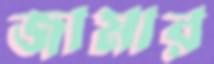
জামার